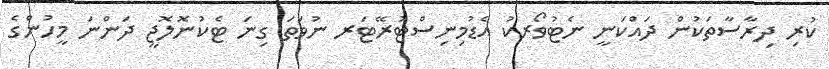
ކުރި ދިރާސާތަކުން ދައްކަނީ ނެޓުވޯރކު އެޑުމިނިސްޓުރޭޓަރ ނުވަތަ ގިނަ ޓެކުނޮލޮޖީ ދަންނަ މީހުންގެ